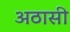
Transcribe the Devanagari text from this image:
अठासी